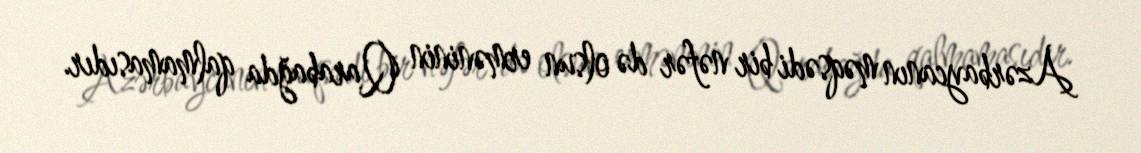
Azərbaycanın məqsədi bir nəfər də olsun erməninin Qarabağda qalmamasıdır.